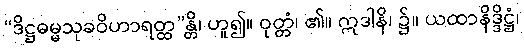
“ဒိဋ္ဌဓမ္မသုခဝိဟာရတ္ထ”န္တိ၊ ဟူ၍။ ဝုတ္တံ၊ ၏။ ဣဒါနိ၊ ၌။ ယထာနိဒ္ဒိဋ္ဌံ၊